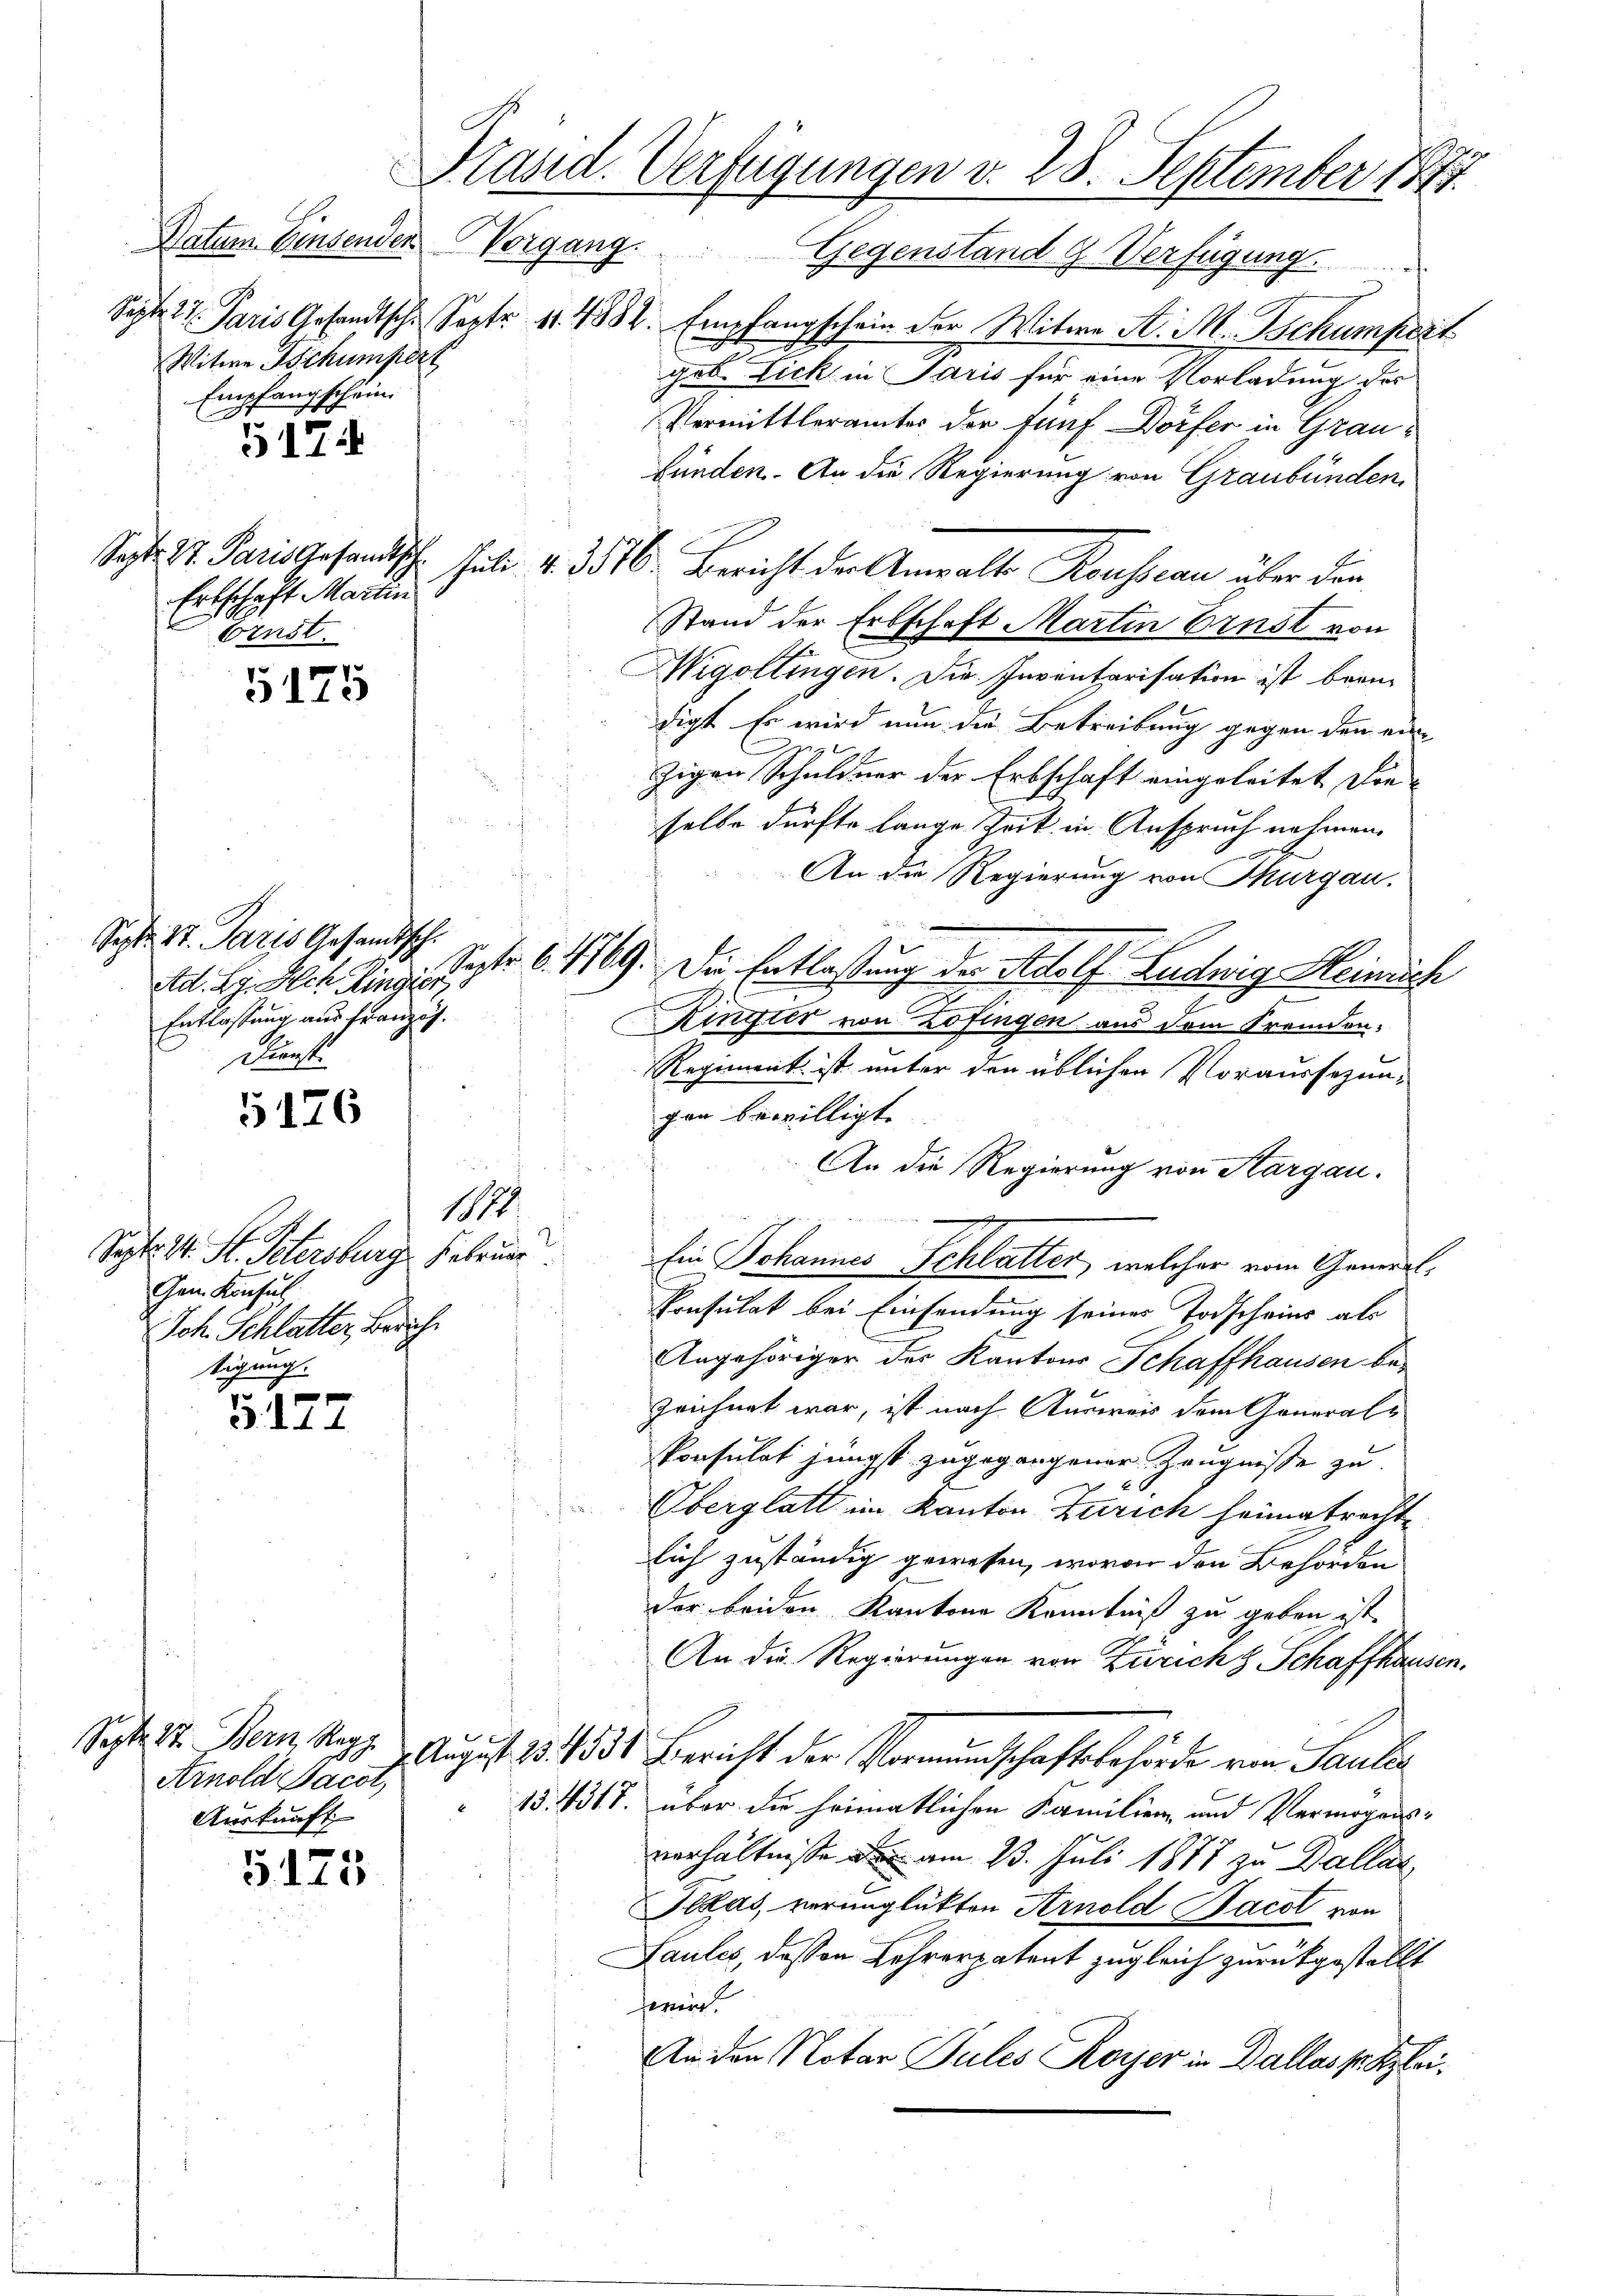
Witwe Schumpert
Empfangschein.

5174

Sept. 87. Paris Gesandtsch
Erbschaft Martin
Ernst.

5175

Sept. 27. Paris Gesandtsch.
Entlassung aus franzig.
Dienst

5176

Sept. 14. St. Petersburg, Februar
Gen Konsul
Ich. Schlatter, Zürich.
tigung.

3177

Arnold Sacot,
Auskunft

5125

Präsid. Verfügungen v. 28. September 1871

Datum Einsenden Vorgang. Gegenstand g Verfügung
Septe 2. Paris Gesandtsche Sept. 11. 4382. Empfangschein der Witwe A. M. Schumprit
2
geb. Lick in Paris für eine Vorladung des
Vermittleramtes der fünf Dörfer in Graufünden. An die Regierung von Graubünden,
hut. v. 3516. Bericht der Anwalt Rousseau über den
Stand der Erbschaft Martin Ernst von
Wigoltingen. Die Inventarisation ist brann
digt. Er wird nun die Betreibung gegen den ein-
zigen Schuldner der Erbschaft eingeleitet die-
selbe dürfte lange Zeit in Anspruch nehmen.
An die Regierung von Thurgau.
Ad. Kg. Ich linge Septer 6. 1169. Die Entlaßung der Adolf Ludwig Heinrich
Kingter von Zofingen aus dem Fremden¬
Regiment ist unter den üblichen Voraussezun-
gen bewilligt.
An die Regierung von Aargau.
1874.
Ein Johannes Schlatter, welcher vom Gemeil
Ponsulat bei Einsendung seines Todscheins als
Angehöriger des Kantons Schaffhausen bezeichnet war, ist nach Ausweis dem General¬
Ponsulat jüngst zugegangener Zeugnisse zu
Oberglatt im Kanton Zürich heimatrechte
lich zuständig gewesen, wovon den Behörden
der beiden Kantone Kenntniß zu geben ist.
An die Regierungen von Zürich 8 Schaffhausen.
Sept. 17. Bern, Kopp August 13. 1531 Bericht der Vormundschaftsbehörde von Paulin
13. 4317. über die heimatlichen Familien und Vermögensverhältnisse am 23. Juli 1877 zu Dallar
Sekas, verunglükten Arnold Bacol von
Saules, dessen Lehrerpatent zugleich zurückgestellt
feren.
An den Notar Pules Kayser in Dallasse Klei¬